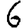
Digit: 6